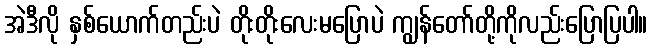
အဲဒီလို နှစ်ယောက်တည်းပဲ တိုးတိုးလေးမပြောပဲ ကျွန်တော်တို့ကိုလည်းပြောပြပါ။